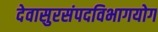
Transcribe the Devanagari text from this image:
देवासुरसंपदविभागयोग